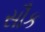
સૌક